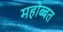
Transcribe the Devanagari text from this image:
महोब्बत